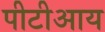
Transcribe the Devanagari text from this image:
पीटीआय